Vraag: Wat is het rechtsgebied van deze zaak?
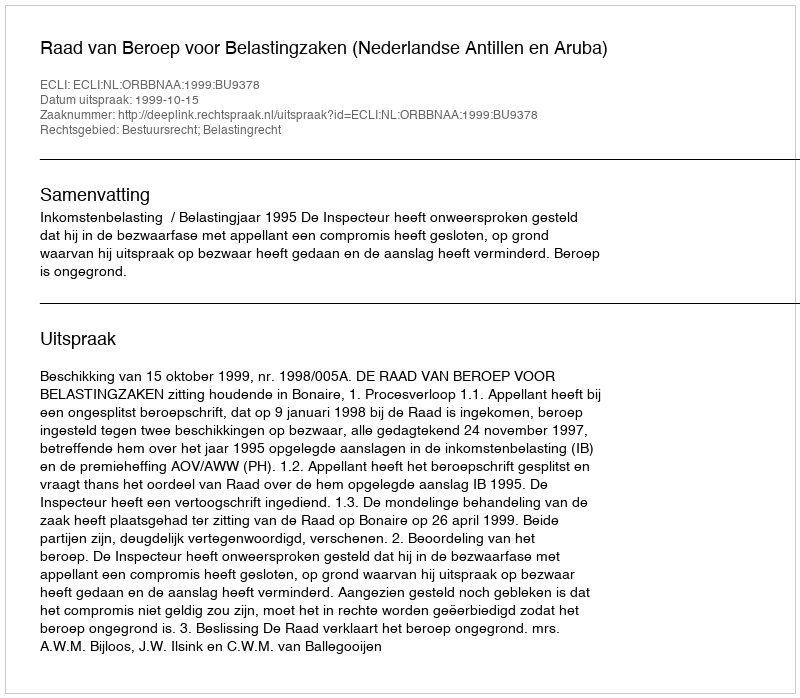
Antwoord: Bestuursrecht; Belastingrecht